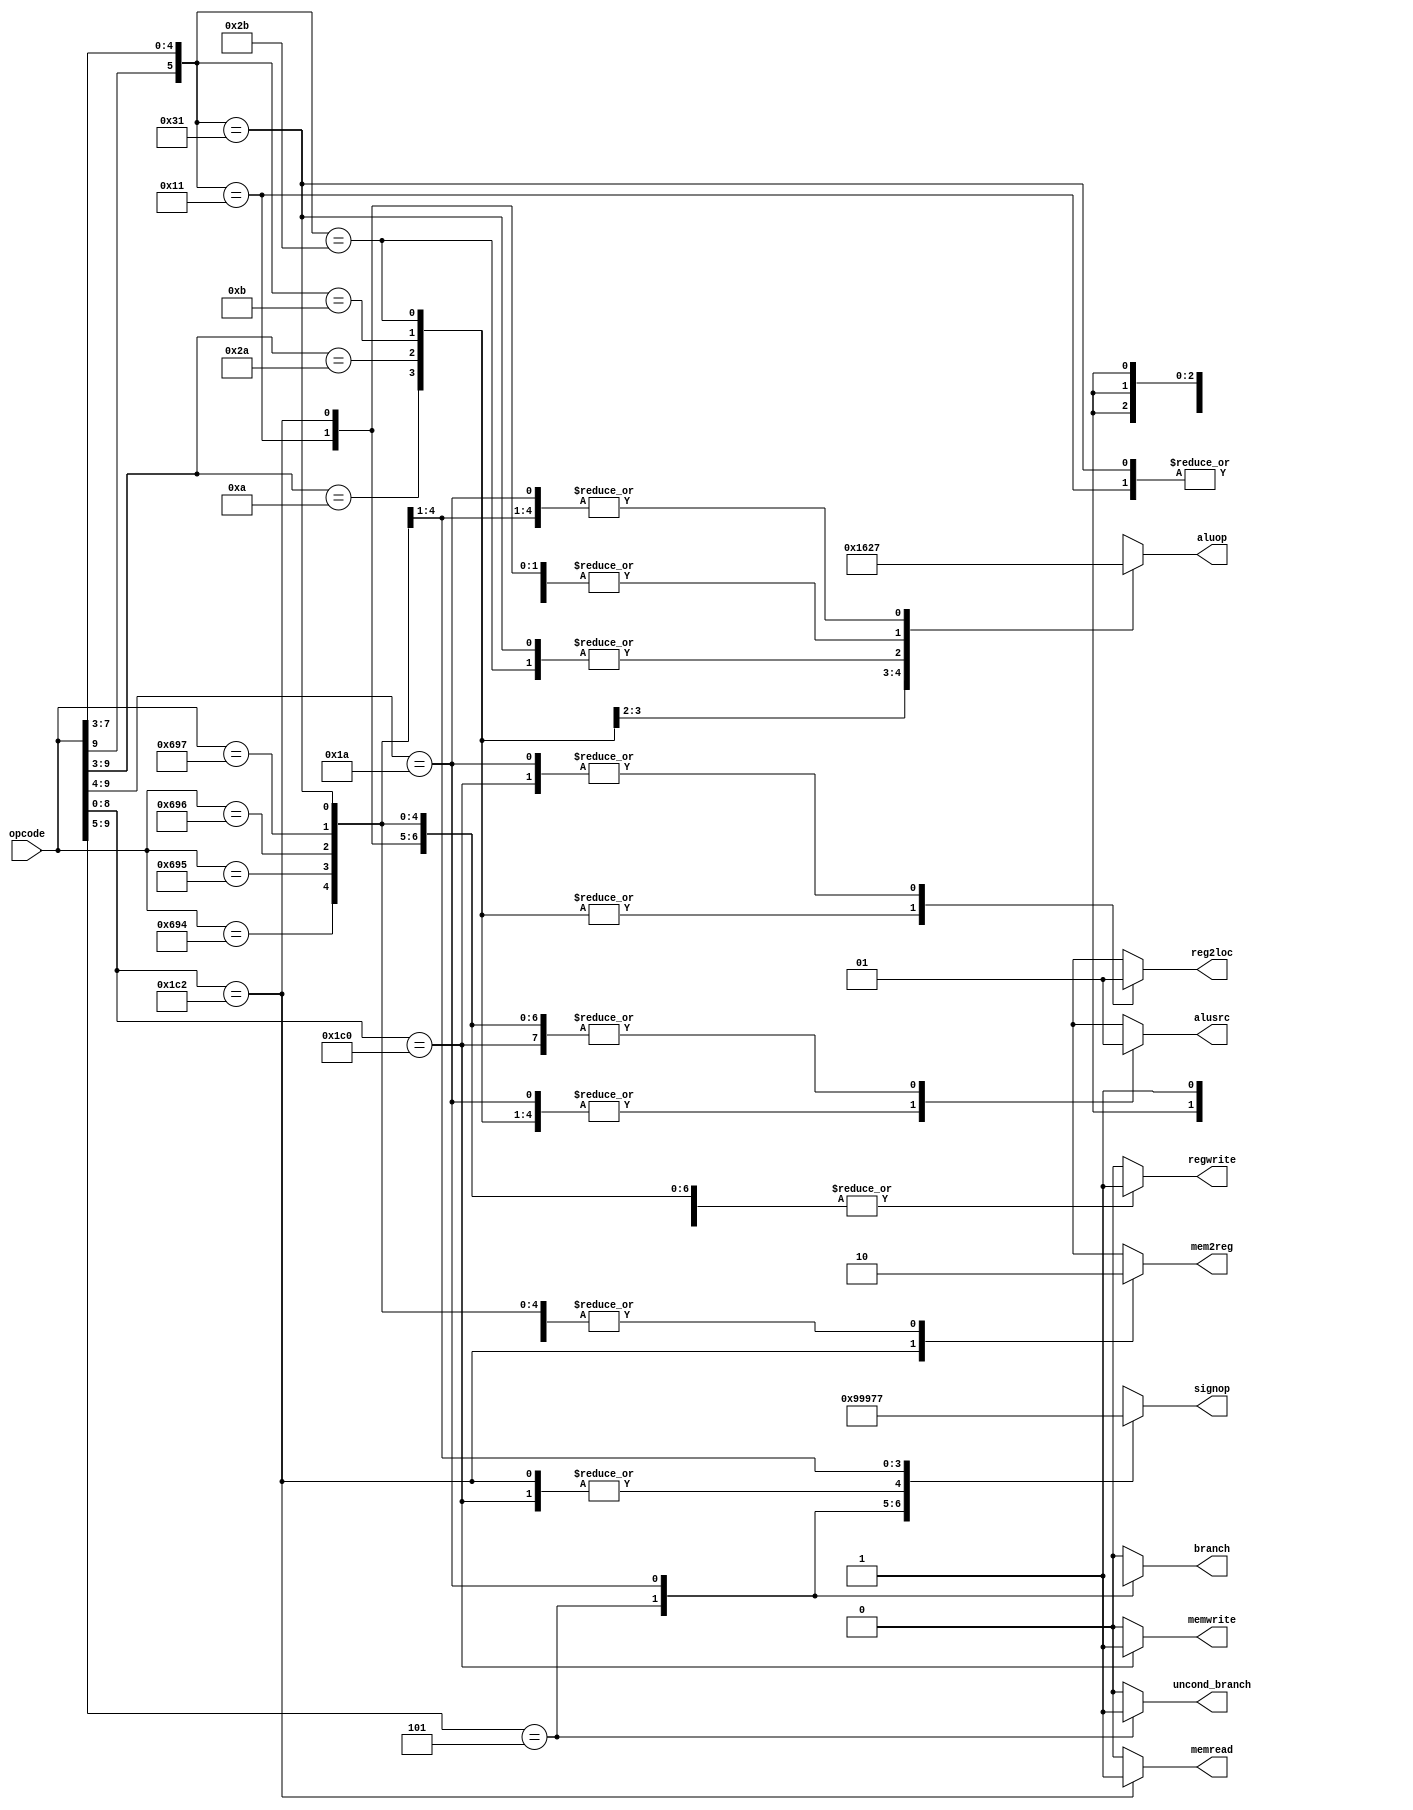
`timescale 1ns / 1ps

`define OPCODE_ANDREG 11'b?0001010???
`define OPCODE_ORRREG 11'b?0101010???
`define OPCODE_ADDREG 11'b?0?01011???
`define OPCODE_SUBREG 11'b?1?01011???

`define OPCODE_ADDIMM 11'b?0?10001???
`define OPCODE_SUBIMM 11'b?1?10001???

`define OPCODE_MOVZ0  11'b11010010100
`define OPCODE_MOVZ16 11'b11010010101
`define OPCODE_MOVZ32 11'b11010010110
`define OPCODE_MOVZ48 11'b11010010111

`define OPCODE_B      11'b?00101?????
`define OPCODE_CBZ    11'b?011010????

`define OPCODE_LDUR   11'b??111000010
`define OPCODE_STUR   11'b??111000000

module control(
	       output reg 	reg2loc,
	       output reg 	alusrc,
	       output reg 	mem2reg,
	       output reg 	regwrite,
	       output reg 	memread,
	       output reg 	memwrite,
	       output reg 	branch,
	       output reg 	uncond_branch,
	       output reg [3:0] aluop,
	       output reg [2:0] signop,
	       input [10:0] 	opcode
	       );

   always @(*)
     begin
	casez (opcode)

          /* Add cases here for each instruction your processor supports */
	  // AND Case
	  `OPCODE_ANDREG: begin
	       reg2loc	     = 1'b0;
	       alusrc	     = 1'b0;
	       mem2reg	     = 1'b0; 
	       regwrite	     = 1'b1;
	       memread       = 1'b0; 
	       memwrite      = 1'b0; 
	       branch        = 1'b0;
	       uncond_branch = 1'b0; 
	       aluop         = 4'b0000;
	       signop        = 3'bxxx;
	  end
	  // ORR Case
	  `OPCODE_ORRREG: begin
	       reg2loc	     = 1'b0;
	       alusrc	     = 1'b0;
	       mem2reg	     = 1'b0; 
	       regwrite	     = 1'b1;
	       memread       = 1'b0; 
	       memwrite      = 1'b0; 
	       branch        = 1'b0;
	       uncond_branch = 1'b0; 
	       aluop         = 4'b0001;
	       signop        = 3'bxxx;
	  end
	  // ADD Case
	  `OPCODE_ADDREG: begin
	       reg2loc	     = 1'b0;
	       alusrc	     = 1'b0;
	       mem2reg	     = 1'b0; 
	       regwrite	     = 1'b1;
	       memread       = 1'b0; 
	       memwrite      = 1'b0; 
	       branch        = 1'b0;
	       uncond_branch = 1'b0; 
	       aluop         = 4'b0010;
	       signop        = 3'bxxx;
	  end
	  // SUB Case
	  `OPCODE_SUBREG: begin
	       reg2loc	     = 1'b0;
	       alusrc	     = 1'b0;
	       mem2reg	     = 1'b0; 
	       regwrite	     = 1'b1;
	       memread       = 1'b0; 
	       memwrite      = 1'b0; 
	       branch        = 1'b0;
	       uncond_branch = 1'b0; 
	       aluop         = 4'b0110;
	       signop        = 3'bxxx;
	  end
	  // ADDIMM Case
	  `OPCODE_ADDIMM: begin
	       reg2loc	     = 1'bx;
	       alusrc	     = 1'b1;
	       mem2reg	     = 1'b0; 
	       regwrite	     = 1'b1;
	       memread       = 1'b0; 
	       memwrite      = 1'b0; 
	       branch        = 1'b0;
	       uncond_branch = 1'b0; 
	       aluop         = 4'b0010;
	       signop        = 3'b000;
	  end
	  // SUBIMM Case
	  `OPCODE_SUBIMM: begin
	       reg2loc	     = 1'bx;
	       alusrc	     = 1'b1;
	       mem2reg	     = 1'b0; 
	       regwrite	     = 1'b1;
	       memread       = 1'b0; 
	       memwrite      = 1'b0; 
	       branch        = 1'b0;
	       uncond_branch = 1'b0; 
	       aluop         = 4'b0110;
	       signop        = 3'b000;
	  end
	  // Branch Case
	  `OPCODE_B: begin
	       reg2loc	     = 1'bx;
	       alusrc	     = 1'bx;
	       mem2reg	     = 1'bx; 
	       regwrite	     = 1'b0;
	       memread       = 1'b0; 
	       memwrite      = 1'b0; 
	       branch        = 1'bx;
	       uncond_branch = 1'b1; 
	       aluop         = 4'bxxxx;
	       signop        = 3'b010;
	  end
	  // CBZ Case
	  `OPCODE_CBZ: begin
	       reg2loc	     = 1'b1;
	       alusrc	     = 1'b0;
	       mem2reg	     = 1'bx; 
	       regwrite	     = 1'b0;
	       memread       = 1'b0; 
	       memwrite      = 1'b0; 
	       branch        = 1'b1;
	       uncond_branch = 1'b0; 
	       aluop         = 4'b0111;
	       signop        = 3'b011;
	  end
	  // LDUR Case
	  `OPCODE_LDUR: begin
	       reg2loc	     = 1'bx;
	       alusrc	     = 1'b1;
	       mem2reg	     = 1'b1; 
	       regwrite	     = 1'b1;
	       memread       = 1'b1; 
	       memwrite      = 1'b0; 
	       branch        = 1'b0;
	       uncond_branch = 1'b0; 
	       aluop         = 4'b0010;
	       signop        = 3'b001;
	  end
	  // STUR Case
	  `OPCODE_STUR: begin
	       reg2loc	     = 1'b1;
	       alusrc	     = 1'b1;
	       mem2reg	     = 1'bx; 
	       regwrite	     = 1'b0;
	       memread       = 1'b0; 
	       memwrite      = 1'b1; 
	       branch        = 1'b0;
	       uncond_branch = 1'b0; 
	       aluop         = 4'b0010;
	       signop        = 3'b001;
	  end
	  // MOVZ0 Case
	  `OPCODE_MOVZ0: begin
	       reg2loc	     = 1'bx;
	       alusrc	     = 1'b1;
	       mem2reg	     = 1'b0; 
	       regwrite	     = 1'b1;
	       memread       = 1'b0; 
	       memwrite      = 1'b0; 
	       branch        = 1'b0;
	       uncond_branch = 1'b0; 
	       aluop         = 4'b0111;
	       signop        = 3'b100;
	  end
	  // MOVZ16 Case
	  `OPCODE_MOVZ16: begin
	       reg2loc	     = 1'bx;
	       alusrc	     = 1'b1;
	       mem2reg	     = 1'b0; 
	       regwrite	     = 1'b1;
	       memread       = 1'b0; 
	       memwrite      = 1'b0; 
	       branch        = 1'b0;
	       uncond_branch = 1'b0; 
	       aluop         = 4'b0111;
	       signop        = 3'b101;
	  end
	  // MOVZ32 Case
	  `OPCODE_MOVZ32: begin
	       reg2loc	     = 1'bx;
	       alusrc	     = 1'b1;
	       mem2reg	     = 1'b0; 
	       regwrite	     = 1'b1;
	       memread       = 1'b0; 
	       memwrite      = 1'b0; 
	       branch        = 1'b0;
	       uncond_branch = 1'b0; 
	       aluop         = 4'b0111;
	       signop        = 3'b110;
	  end
	  // MOVZ48 Case
	  `OPCODE_MOVZ48: begin
	       reg2loc	     = 1'bx;
	       alusrc	     = 1'b1;
	       mem2reg	     = 1'b0; 
	       regwrite	     = 1'b1;
	       memread       = 1'b0; 
	       memwrite      = 1'b0; 
	       branch        = 1'b0;
	       uncond_branch = 1'b0; 
	       aluop         = 4'b0111;
	       signop        = 3'b111;
	  end
	  
          default:
            begin
               reg2loc       = 1'bx;
               alusrc        = 1'bx;
               mem2reg       = 1'bx;
               regwrite      = 1'b0;
               memread       = 1'b0;
               memwrite      = 1'b0;
               branch        = 1'b0;
               uncond_branch = 1'b0;
               aluop         = 4'bxxxx;
               signop        = 3'bxxx;
            end
	endcase
     end

endmodule